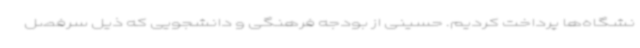
نشگاه‌ها پرداخت کردیم. حسینی از بودجه فرهنگی و دانشجویی که ذیل سرفصل